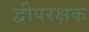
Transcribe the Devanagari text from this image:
द्वीपरक्षक